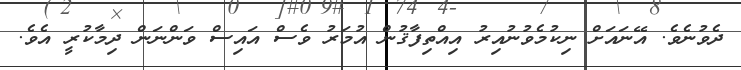
ދެވުނެވެ. އޭނައަށް ނިކުމެވުނުއިރު އިއްތިފާޤުން އުމަރު ވެސް އައިސް ވަންނަން ދިމާކުރީ އެވެ.